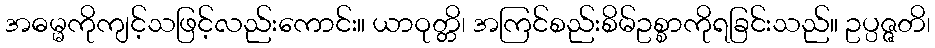
အဓမ္မကိုကျင့်သဖြင့်လည်းကောင်း။ ယာဝုတ္တိ၊ အကြင်စည်းစိမ်ဥစ္စာကိုရခြင်းသည်။ ဥပ္ပဇ္ဇတိ၊